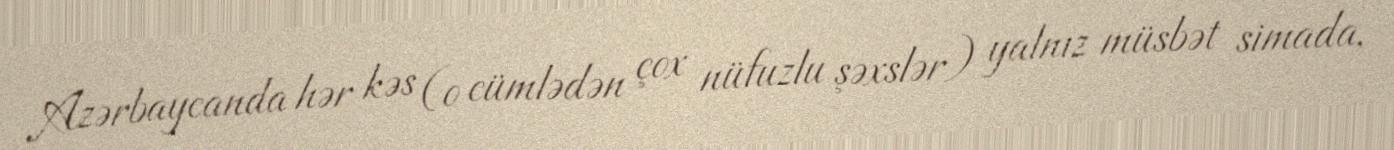
Azərbaycanda hər kəs (o cümlədən çox nüfuzlu şəxslər) yalnız müsbət simada,